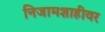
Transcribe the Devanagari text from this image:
निजामशाहीवर